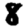
Digit: 8